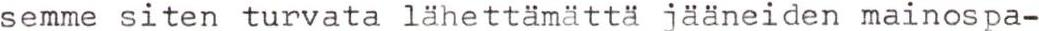
semme siten turvata lähettämättä jääneiden mainospa-